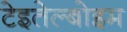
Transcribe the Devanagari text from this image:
टेइतेल्बोइम